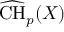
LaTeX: { \widehat { \mathrm { C H } } } _ { p } ( X )